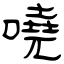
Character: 嘵